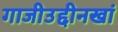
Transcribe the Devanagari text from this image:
गाजीउद्दीनखां